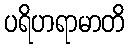
ပရိဟရာမာတိ